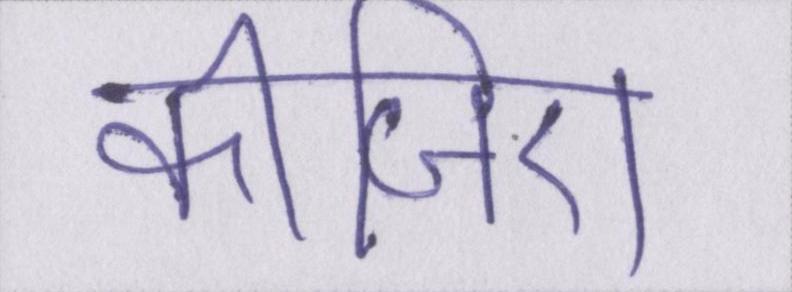
कीजिए